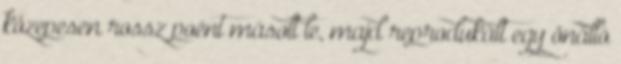
közepesen rossz poént másolt le, majd reprodukált egy önálló